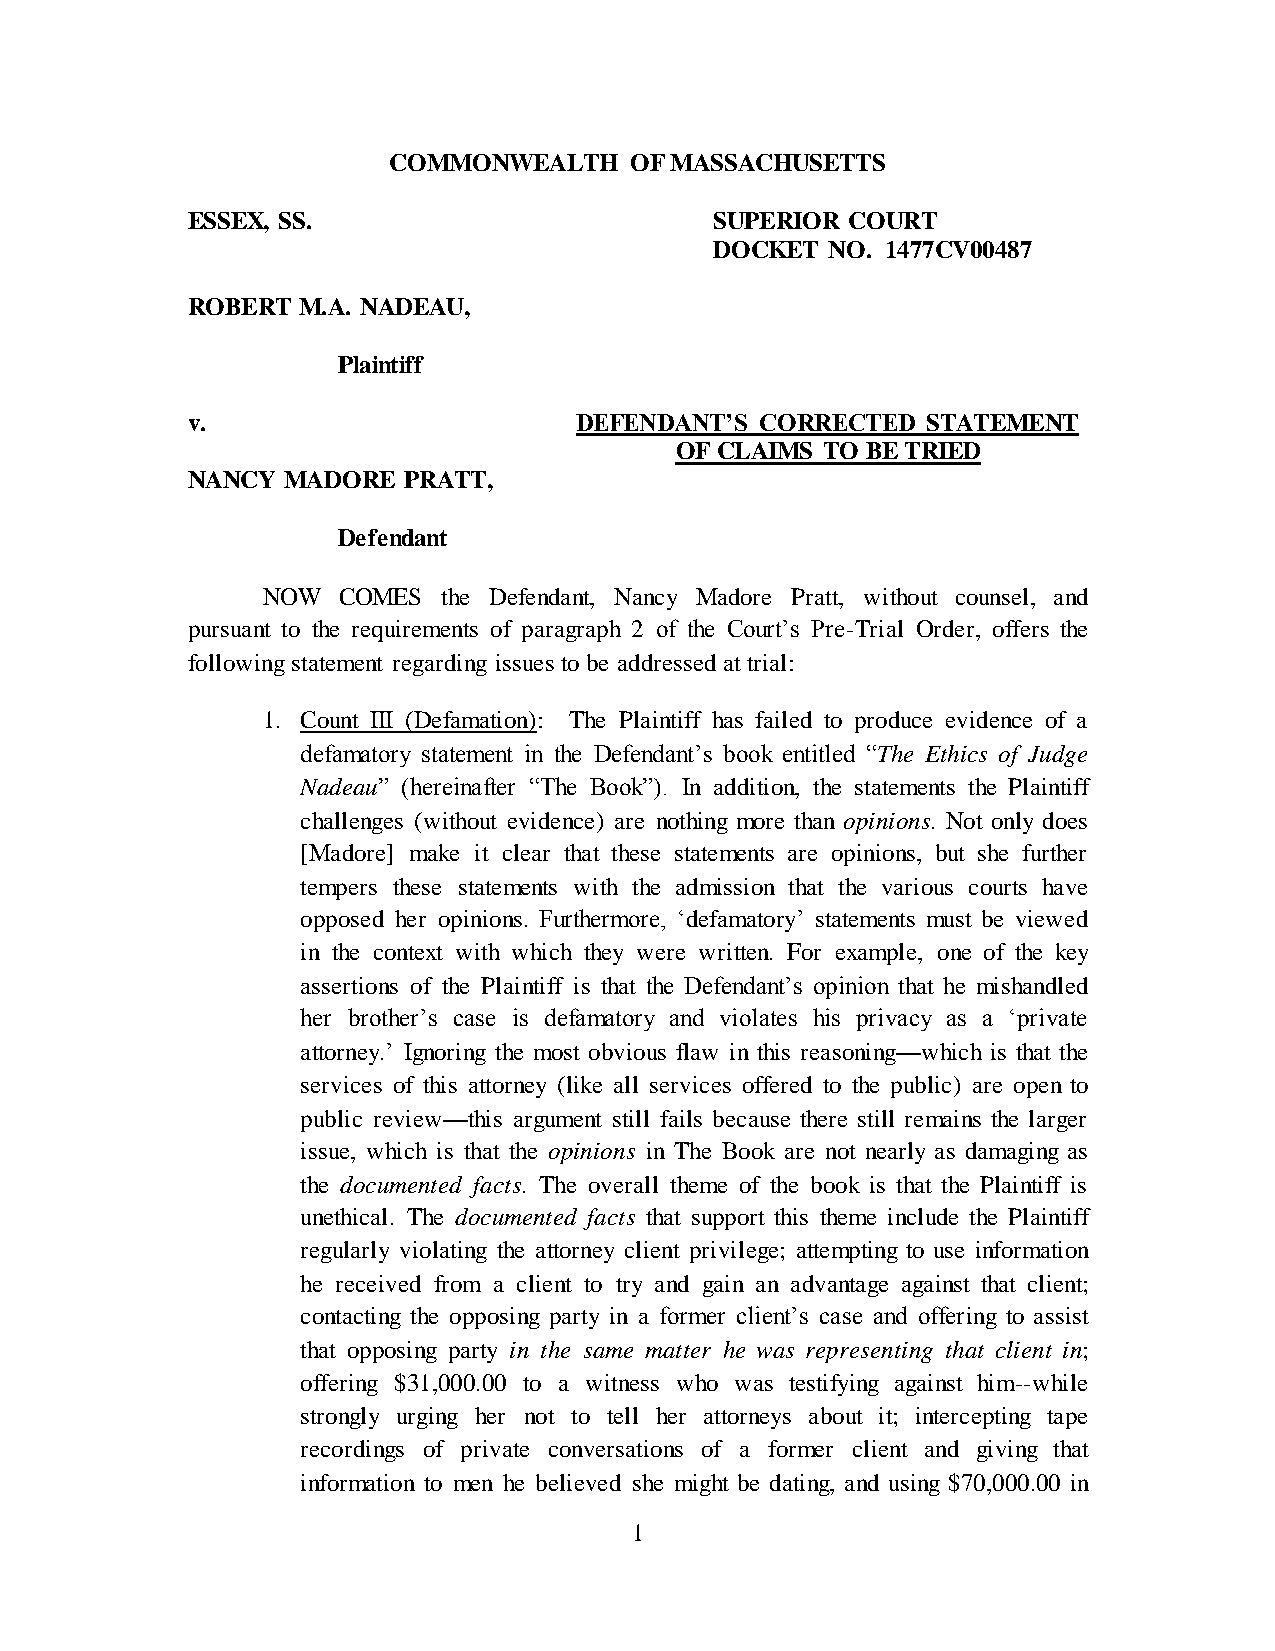
COMMONWEALTH    OF MASSACHUSETTS
 ESSEX, SS.                         SUPERIOR COURT
 DOCKET  NO. 1477CV00487
 ROBERT  M.A. NADEAU,
 Plaintiff
 v.                        DEFENDANT’S CORRECTED  STATEMENT
 OF CLAIMS TO BE TRIED
 NANCY  MADORE  PRATT,
 Defendant
 NOW  COMES  the Defendant, Nancy Madore Pratt, without counsel, and
 pursuant to the requirements of paragraph 2 of the Court‟s Pre-Trial Order, offers the
 following statement regarding issues to be addressed at trial:
 1. Count III (Defamation): The Plaintiff has failed to produce evidence of a
 defamatory statement in the Defendant‟s book entitled “The Ethics of Judge
 Nadeau” (hereinafter “The Book”). In addition, the statements the Plaintiff
 challenges (without evidence) are nothing more than opinions. Not only does
 [Madore] make it clear that these statements are opinions, but she further
 tempers these statements with the admission that the various courts have
 opposed her opinions. Furthermore, „defamatory‟ statements must be viewed
 in the context with which they were written. For example, one of the key
 assertions of the Plaintiff is that the Defendant‟s opinion that he mishandled
 her brother‟s case is defamatory and violates his privacy as a „private
 attorney.‟ Ignoring the most obvious flaw in this reasoning—which is that the
 services of this attorney (like all services offered to the public) are open to
 public review—this argument still fails because there still remains the larger
 issue, which is that the opinions in The Book are not nearly as damaging as
 the documented facts. The overall theme of the book is that the Plaintiff is
 unethical. The documented facts that support this theme include the Plaintiff
 regularly violating the attorney client privilege; attempting to use information
 he received from a client to try and gain an advantage against that client;
 contacting the opposing party in a former client‟s case and offering to assist
 that opposing party in the same matter he was representing that client in;
 offering $31,000.00 to a witness who was testifying against him--while
 strongly urging her not to tell her attorneys about it; intercepting tape
 recordings of private conversations of a former client and giving that
 information to men he believed she might be dating, and using $70,000.00 in
 1